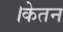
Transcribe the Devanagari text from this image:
।केतन